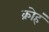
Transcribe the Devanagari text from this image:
क्रोहं